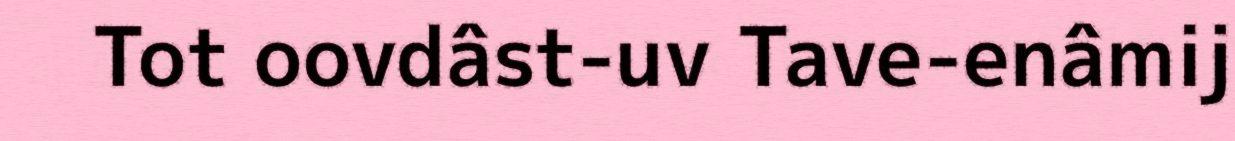
Tot oovdâst-uv Tave-enâmij